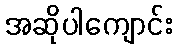
အဆိုပါကျောင်း